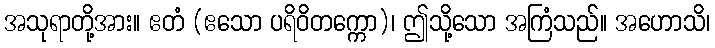
အသုရာတို့အား။ ဧတံ (ဧသော ပရိဝိတက္ကော)၊ ဤသို့သော အကြံသည်။ အဟောသိ၊